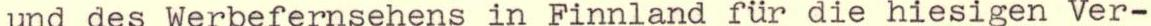
und des Werbefernsehens in Finnland für die hiesigen Ver-